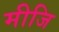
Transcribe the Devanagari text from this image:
मीजि